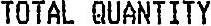
TOTAL QUANTITY